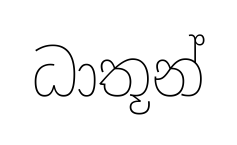
ධාතූන්